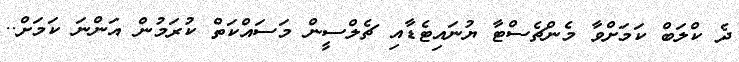
ދެ ކްލަބް ކަމަށްވާ މެންޗެސްޓާ ޔުނައިޓެޑާއި ޗެލްސީން މަސައްކަތް ކުރަމުން އަންނަ ކަމަށް..